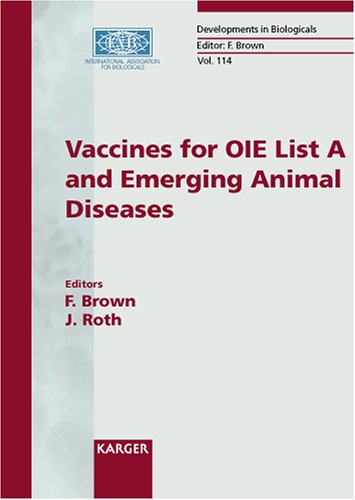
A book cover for Vaccines for OIE List A and Emerging Animal Diseases: International Symposium, Ames, Iowa, September 2002: Proceedings (Developments in Biologicals, Vol. 114); Medical Books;